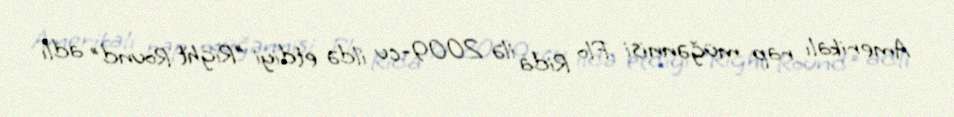
Amerikalı rap müğənnisi Flo Rida ilə 2009-cu ildə etdiyi "Right Round" adlı